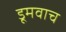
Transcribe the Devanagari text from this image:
डूमवाच